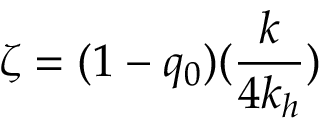
\zeta = ( 1 - q _ { 0 } ) ( \frac { k } { 4 k _ { h } } )